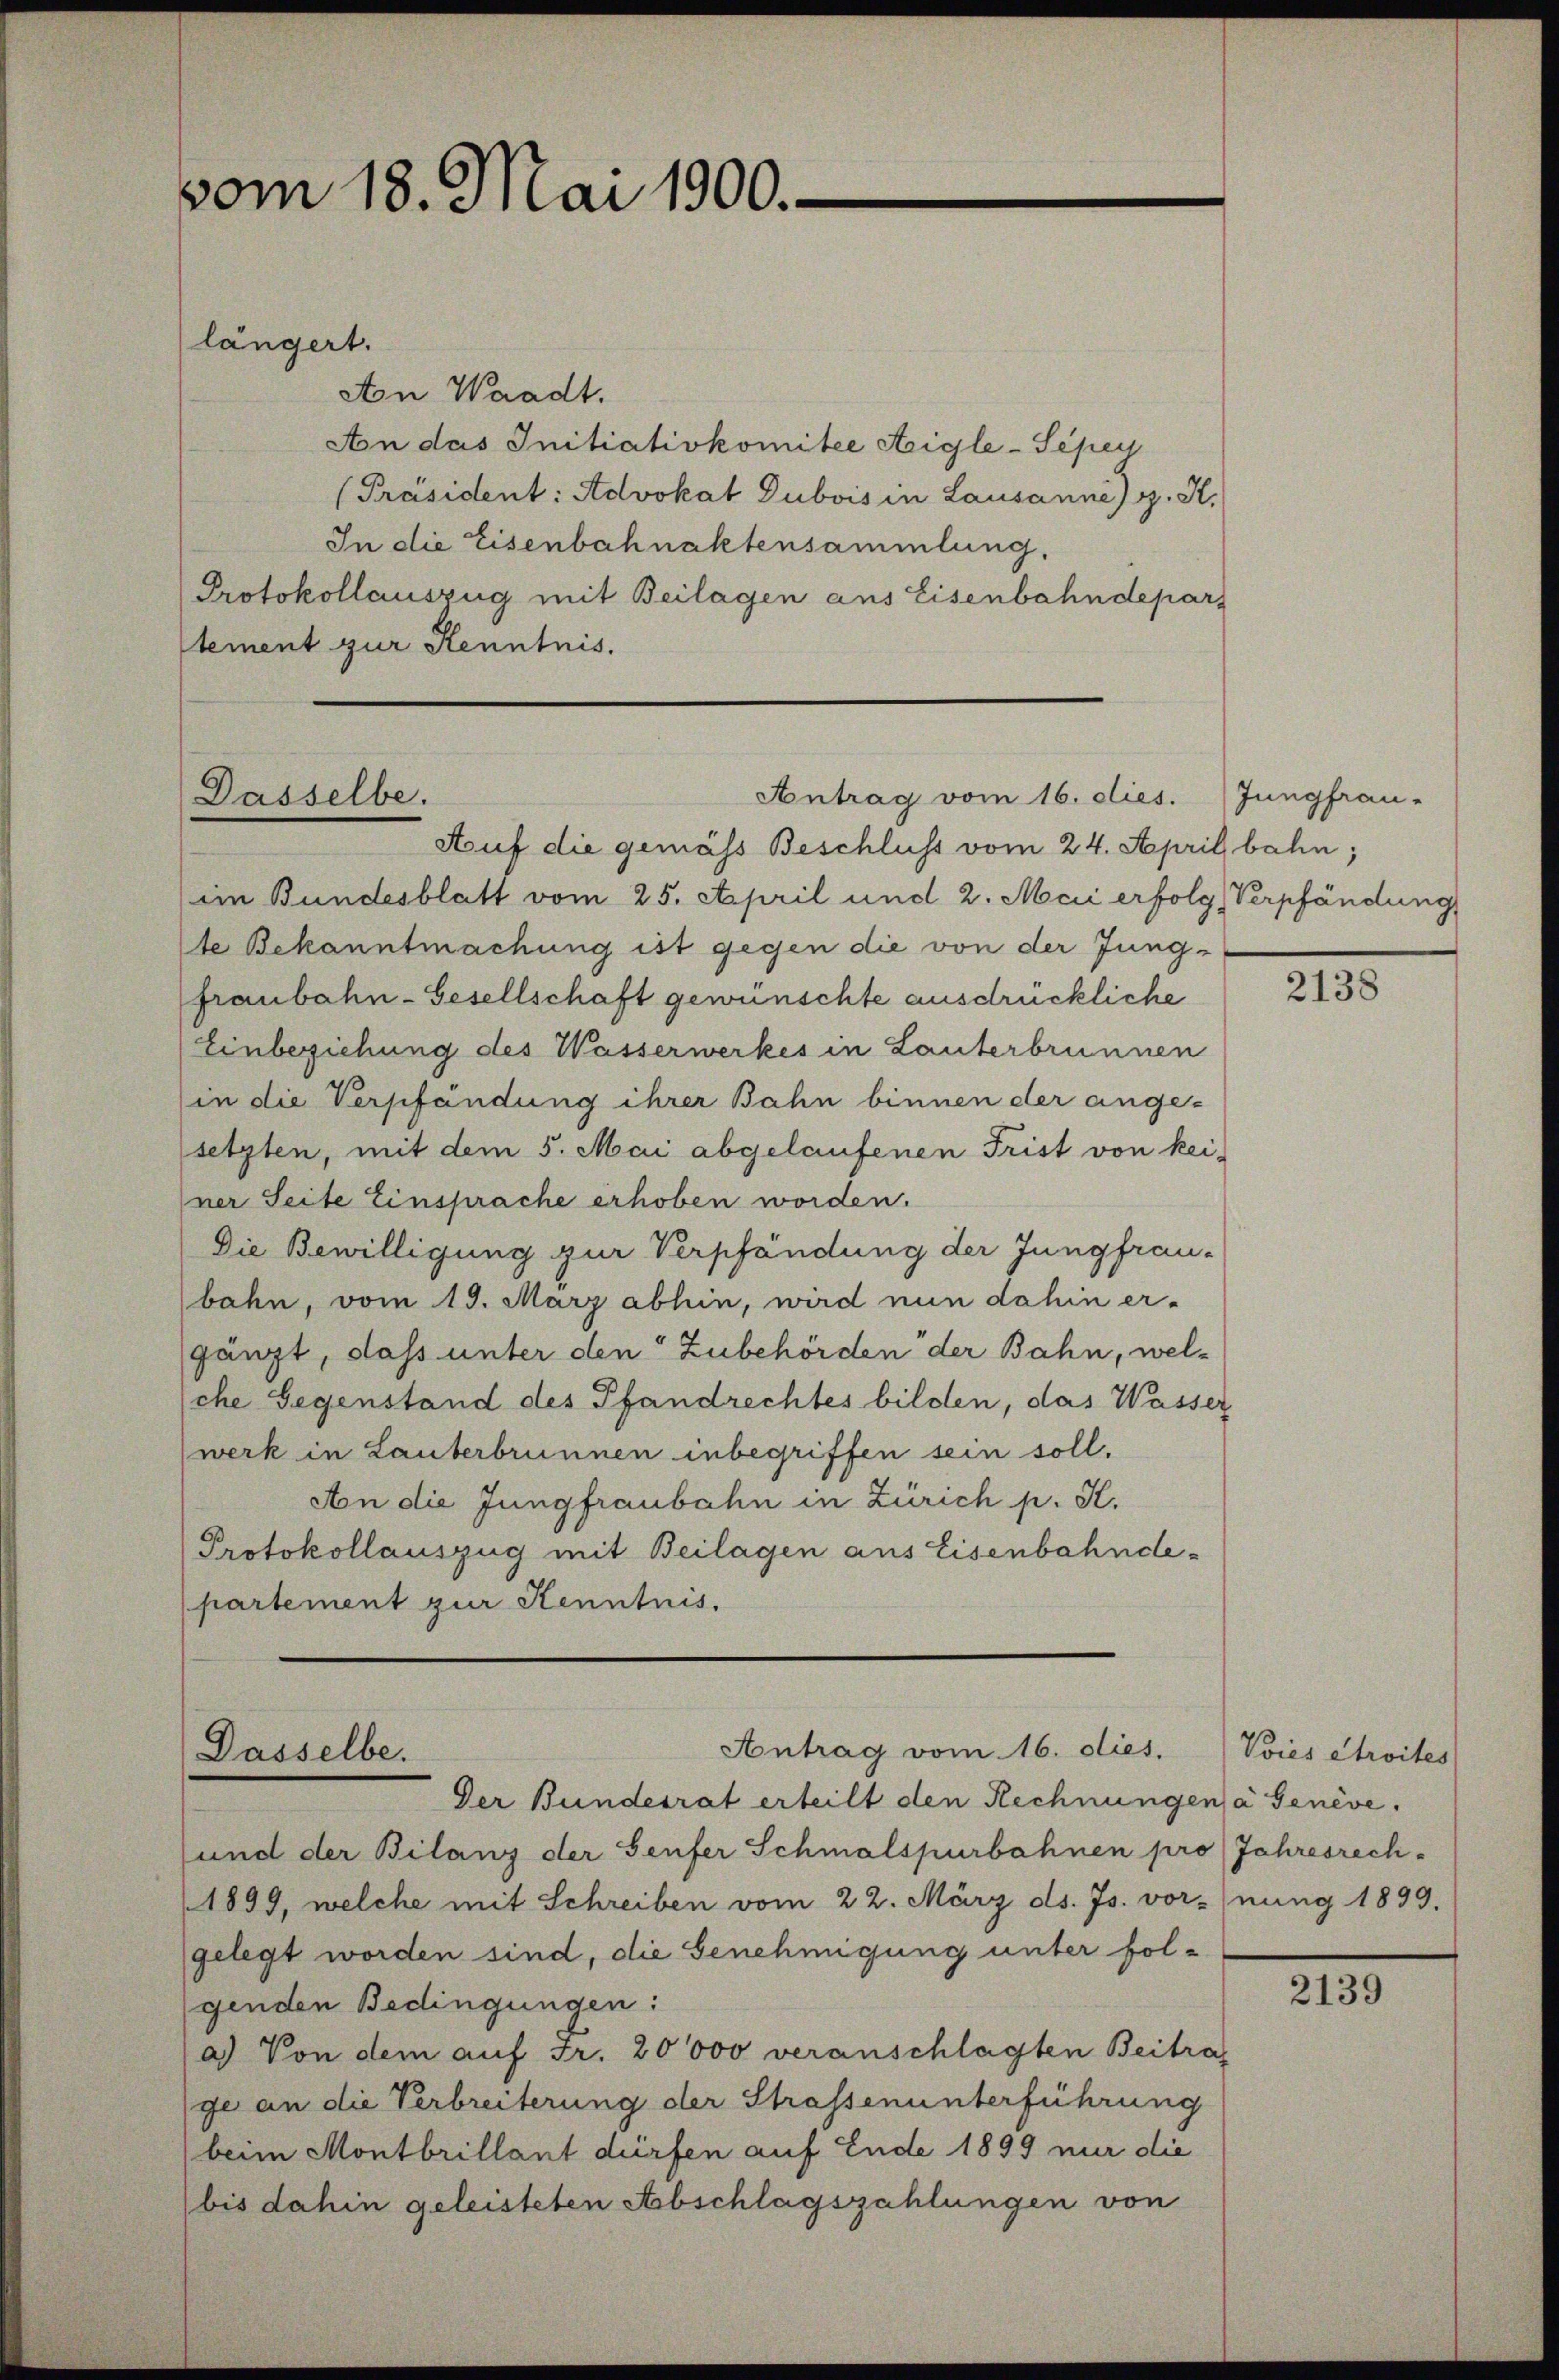
vom 18. Mai 1900.
längert.

An Waadt.
An das Initiativkomitee Aigle-Sepey
[Präsident: Advokat Dubois in Lausanne) g. K.
In die Eisenbahnaktensammlung.
Protokollauszug mit Beilagen aus Eisenbahndepars
tement zur Kenntnis.

Antrag vom 16. dies. Jungfrau-
Dasselbe.

Antrag vom 16. dies. Voies étroites
Dasselbe.
Der Bundesrat erteilt den Rechnungen a Genève,

Auf die gemäss Beschluss vom 24. April bahn;
im Bundesblatt vom 25. April und 2. Mai erfolg, Verpfändung
te Bekanntmachung ist gegen die von der Jung-
fraubahn-Gesellschaft gewünschte ausdrückliche
Einbeziehung des Wasserwerkes in Lauterbrunnen
(in die Verpfändung ihrer Bahn binnen der ange-
setzten, mit dem 5. Mai abgelaufenen Frist von kei-
ner Seite Einsprache erhoben worden.
Die Bewilligung zur Verpfändung der Jungfrau-
bahn, vom 19. März abhin, wird nun dahin er-
gänzt, dass unter den Zubehörden der Bahn, welche Gegenstand des Pfandrechtes bilden, das Wasser
werk in Lauterbrunnen inbegriffen sein soll.
An die Jungfraubahn in Zürich p. K.
Protokollauszug mit Beilagen aus Eisenbahnde-
partement zur Kenntnis.

und der Bilanz der Seufer Schmalspurbahnen pro Jahresrech-
1899, welche mit Schreiben vom 22. März ds. Js. vornung 1899.
gelegt worden sind, die Genehmigung unter folgenden Bedingungen:
a.) Von dem auf Fr. 20000 veranschlagten Beitrag
ge an die Verbreiterung der Strassenunterführung
beim Montbrillant dürfen auf Ende 1899 nur die
bis dahin geleisteten Abschlagszahlungen von

2138

2139